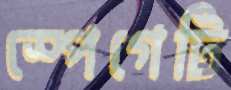
স্পেগেটি